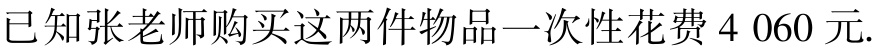
已知张老师购买这两件物品一次性花费$4\ 060$元.